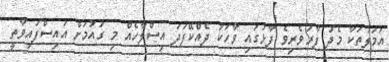
އަމަލުތަކާ މެދު ފާރަވެރިވެ ފާޅުގައި ވާހަކަ ދެއްކޭފަދަ އިސްލާހެއް މި ގައުމަށް އައިސްފައިވާތީ